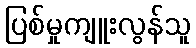
ပြစ်မှုကျူးလွန်သူ